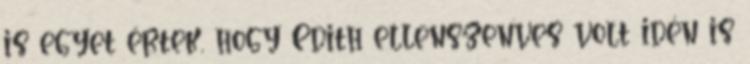
is egyet értek, hogy Edith ellenszenves volt idén is